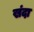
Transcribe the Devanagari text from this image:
खंदा